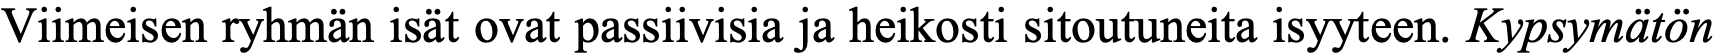
Viimeisen ryhmän isät ovat passiivisia ja heikosti sitoutuneita isyyteen. Kypsymätön